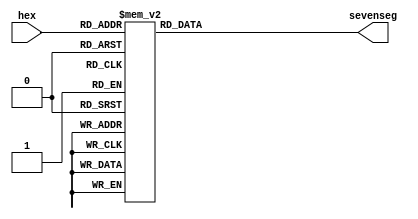
`timescale 1ns / 1ps

module hexto7seg(
    input [3:0] hex,
    output reg [7:0] sevenseg
    );

/* Segments assigned to 8 bits: abcdefgP  as described below

     < a >
    ^     ^
    f     b
    v     v
     < g >
    ^     ^
    e     c
    v     v
     < d >   (P)
*/

// Bits given in reverse order, Pgfedcba, to match Mimas UCF.
always @ (*) begin
    case (hex)
        4'h0: sevenseg = 8'b00111111;
        4'h1: sevenseg = 8'b00000110;
        4'h2: sevenseg = 8'b01011011;
        4'h3: sevenseg = 8'b01001111;
        4'h4: sevenseg = 8'b01100110;
        4'h5: sevenseg = 8'b01101101;
        4'h6: sevenseg = 8'b01111101;
        4'h7: sevenseg = 8'b00000111;
        4'h8: sevenseg = 8'b01111111;
        4'h9: sevenseg = 8'b01100111;
        4'ha: sevenseg = 8'b01110111;
        4'hb: sevenseg = 8'b01111100;
        4'hc: sevenseg = 8'b00111001;
        4'hd: sevenseg = 8'b01011110;
        4'he: sevenseg = 8'b01111001;
        4'hf: sevenseg = 8'b01110001;
    endcase
end

// Scramble segments to match default assignment from Mimas UCF
/*assign sevenseg = {
	abcdefgP[3], // e
	abcdefgP[4], // d
	abcdefgP[5], // c
	abcdefgP[0], // P
	abcdefgP[6], // b
	abcdefgP[7], // a
	abcdefgP[2], // f
	abcdefgP[1]  // g
};*/


endmodule